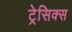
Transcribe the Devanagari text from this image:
ट्रेसिक्स